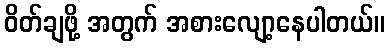
ဝိတ်ချဖို့ အတွက် အစားလျော့နေပါတယ်။